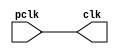
module femtoPLL #(
 parameter freq = 60
) (
 input 	wire pclk,
 output wire clk	   
);
   assign clk = pclk;   
endmodule